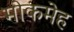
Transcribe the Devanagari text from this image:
मोकमेह